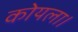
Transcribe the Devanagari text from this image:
कोयला।